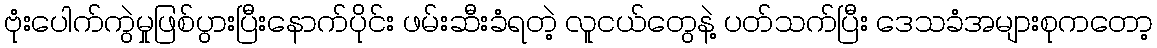
ဗုံးပေါက်ကွဲမှုဖြစ်ပွားပြီးနောက်ပိုင်း ဖမ်းဆီးခံရတဲ့ လူငယ်တွေနဲ့ ပတ်သက်ပြီး ဒေသခံအများစုကတော့